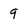
Character: 9